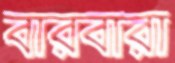
বারবারা